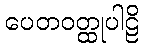
ပေတဝတ္ထုပါဠိ